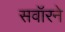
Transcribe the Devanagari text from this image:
सवॉरने